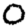
Digit: 0